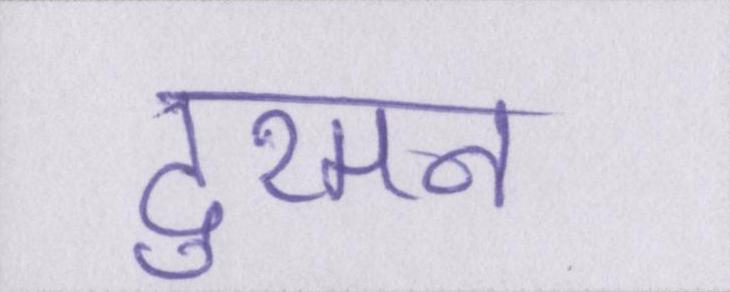
दुश्मन